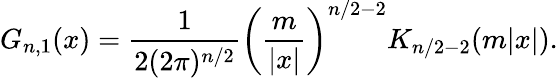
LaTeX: G_{n,1}(x)={\frac{1}{2(2\pi)^{n/2}}}\left({\frac{m}{|x|}}\right)^{n/2-2}K_{n/2-2}(m|x|).